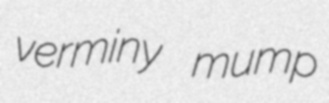
verminy mump